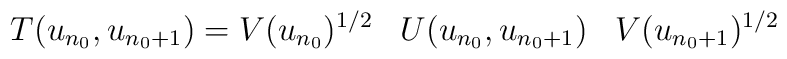
T(u_{n_0},u_{n_0+1})  = V(u_{n_0})^{1/2}  \;\;\;			      U(u_{n_0},u_{n_0+1}) \;\;\;			      V(u_{n_0+1})^{1/2}